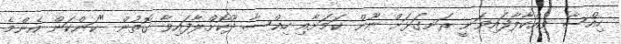
ހިއްސާ ވިއްކާލާފައިވަނީ ރަނގަޅަށް ނޫން ކަމަށާއި ހިއްސާ ދޫކޮށްލާފައިވާ ގޮތުން "ކަންކަން އެންމެ